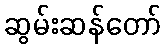
ဆွမ်းဆန်တော်